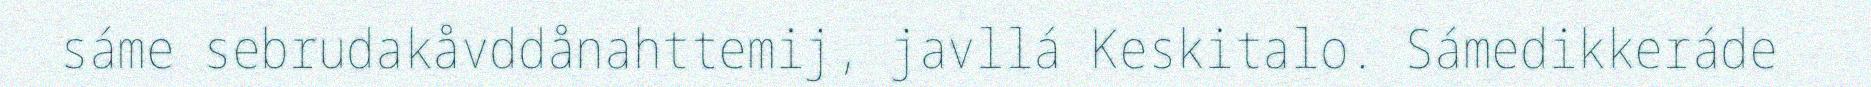
sáme sebrudakåvddånahttemij, javllá Keskitalo. Sámedikkeráde